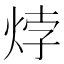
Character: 㶿